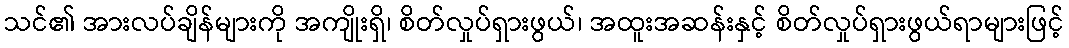
သင်၏ အားလပ်ချိန်များကို အကျိုးရှိ၊ စိတ်လှုပ်ရှားဖွယ်၊ အထူးအဆန်းနှင့် စိတ်လှုပ်ရှားဖွယ်ရာများဖြင့်